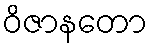
ဝိဇာနတော